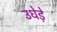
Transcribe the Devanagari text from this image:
उधेड़े